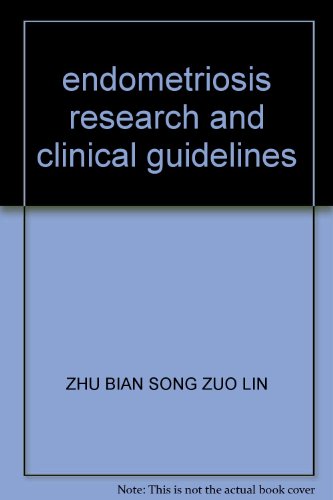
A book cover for endometriosis research and clinical guidelines; ZHU BIAN SONG ZUO LIN; Health, Fitness & Dieting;